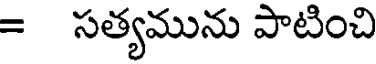
= సత్యమును పాటించి